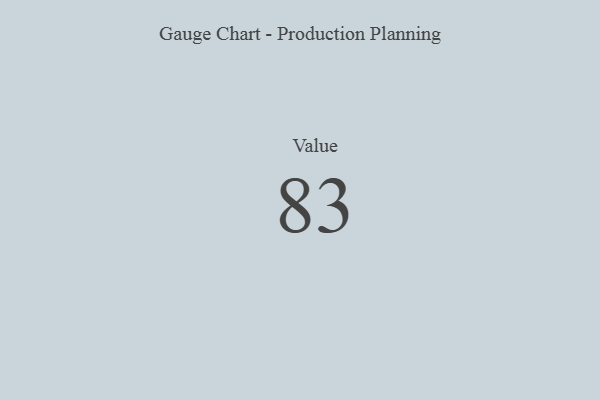
{"axis": {"x": "Metric", "y": "Value"}, "legend": [""], "data": [{"x": "Value", "y": 83, "type": ""}]}